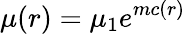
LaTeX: \mu(r)=\mu_{1}e^{mc(r)}